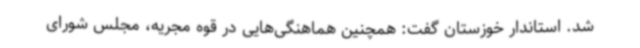
شد. استاندار خوزستان گفت: همچنین هماهنگی‌هایی در قوه مجریه، مجلس شورای